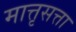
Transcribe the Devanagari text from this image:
मात्तृसत्ता